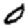
Digit: 0